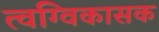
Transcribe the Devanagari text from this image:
त्वग्विकासक